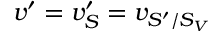
v ^ { \prime } = v _ { S } ^ { \prime } = v _ { S ^ { \prime } / S _ { V } }